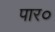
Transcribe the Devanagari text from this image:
पार०